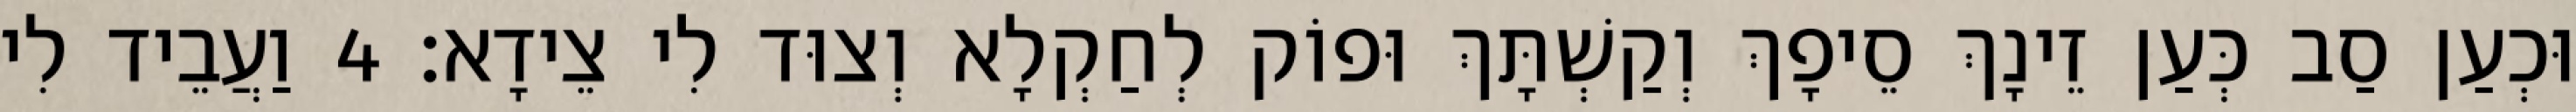
וּכְעַן סַב כְּעַן זֵינָךְ סֵיפָךְ וְקַשְׁתָּךְ וּפוֹק לְחַקְלָא וְצוּד לִי צֵידָא׃ 4 וַעֲבֵיד לִי